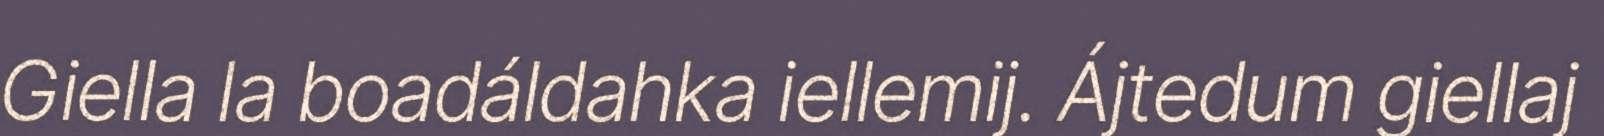
Giella la boadáldahka iellemij. Ájtedum giellaj